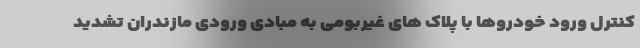
کنترل ورود خودروها با پلاک های غیربومی به مبادی ورودی مازندران تشدید